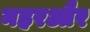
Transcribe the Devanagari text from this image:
नहरऔर